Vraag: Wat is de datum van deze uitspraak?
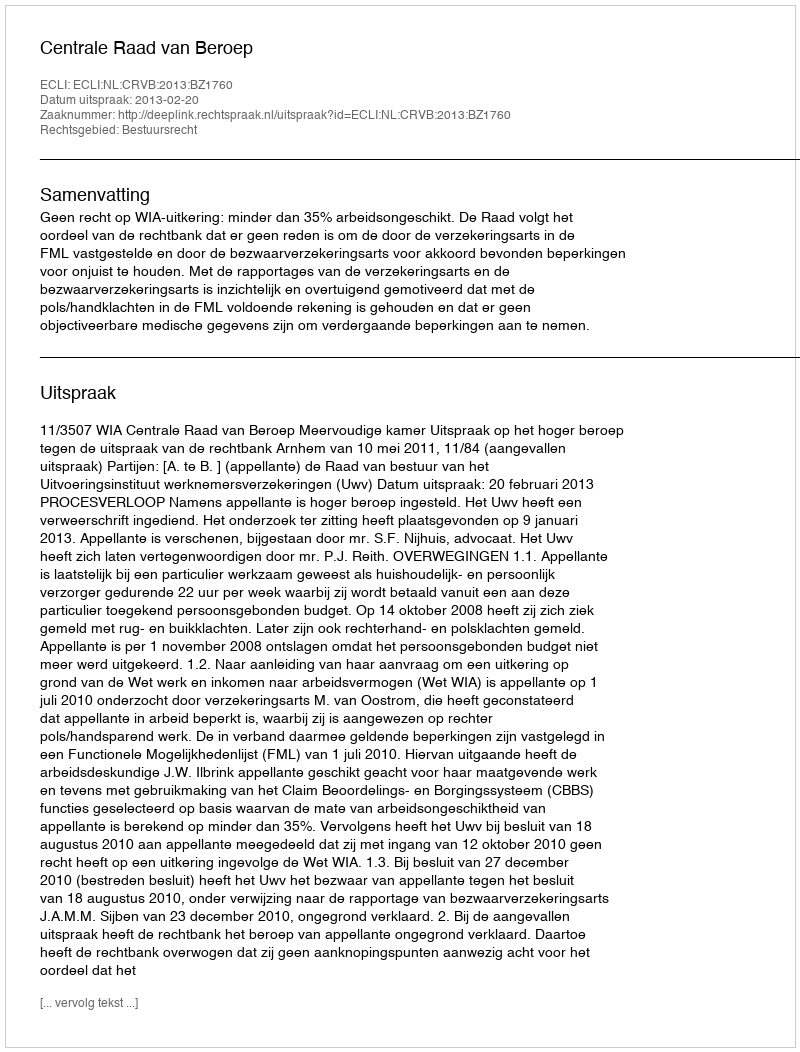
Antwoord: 2013-02-20